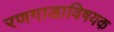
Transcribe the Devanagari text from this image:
रणगाडाविषयक